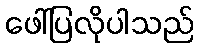
ဖေါ်ပြလိုပါသည်